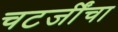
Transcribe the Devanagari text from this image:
चटर्जींचा